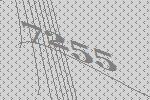
7255